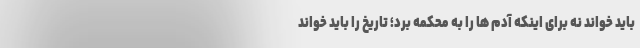
باید خواند نه برای اینکه آدم ها را به محکمه برد؛ تاریخ را باید خواند